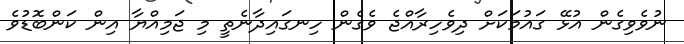
ނުވެވިގެން އުޅޭ ގައުމަކަށް ދިވެހިރާއްޖެ ވެގެން ހިނގައިދާނެތީ މި ޖަމިއްޔާ އިން ކަންބޮޑުވެ